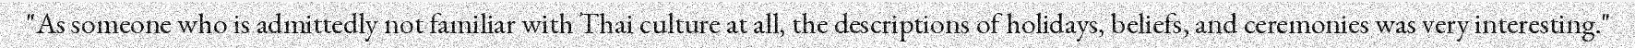
"As someone who is admittedly not familiar with Thai culture at all, the descriptions of holidays, beliefs, and ceremonies was very interesting."